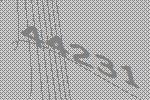
44231